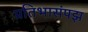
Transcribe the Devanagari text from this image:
प्रतिभासंपझ